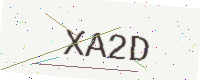
Text: XA2D